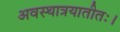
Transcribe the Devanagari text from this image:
अवस्थात्रयातीतः।